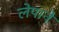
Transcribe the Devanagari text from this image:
लेपाने